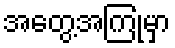
အတွေ့အကြုံမှာ